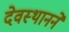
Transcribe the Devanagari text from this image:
देवस्थानने